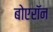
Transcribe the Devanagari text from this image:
बोएरॉन